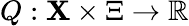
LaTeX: Q:\mathbf{X}\times\Xi\rightarrow\mathbb{{R}}